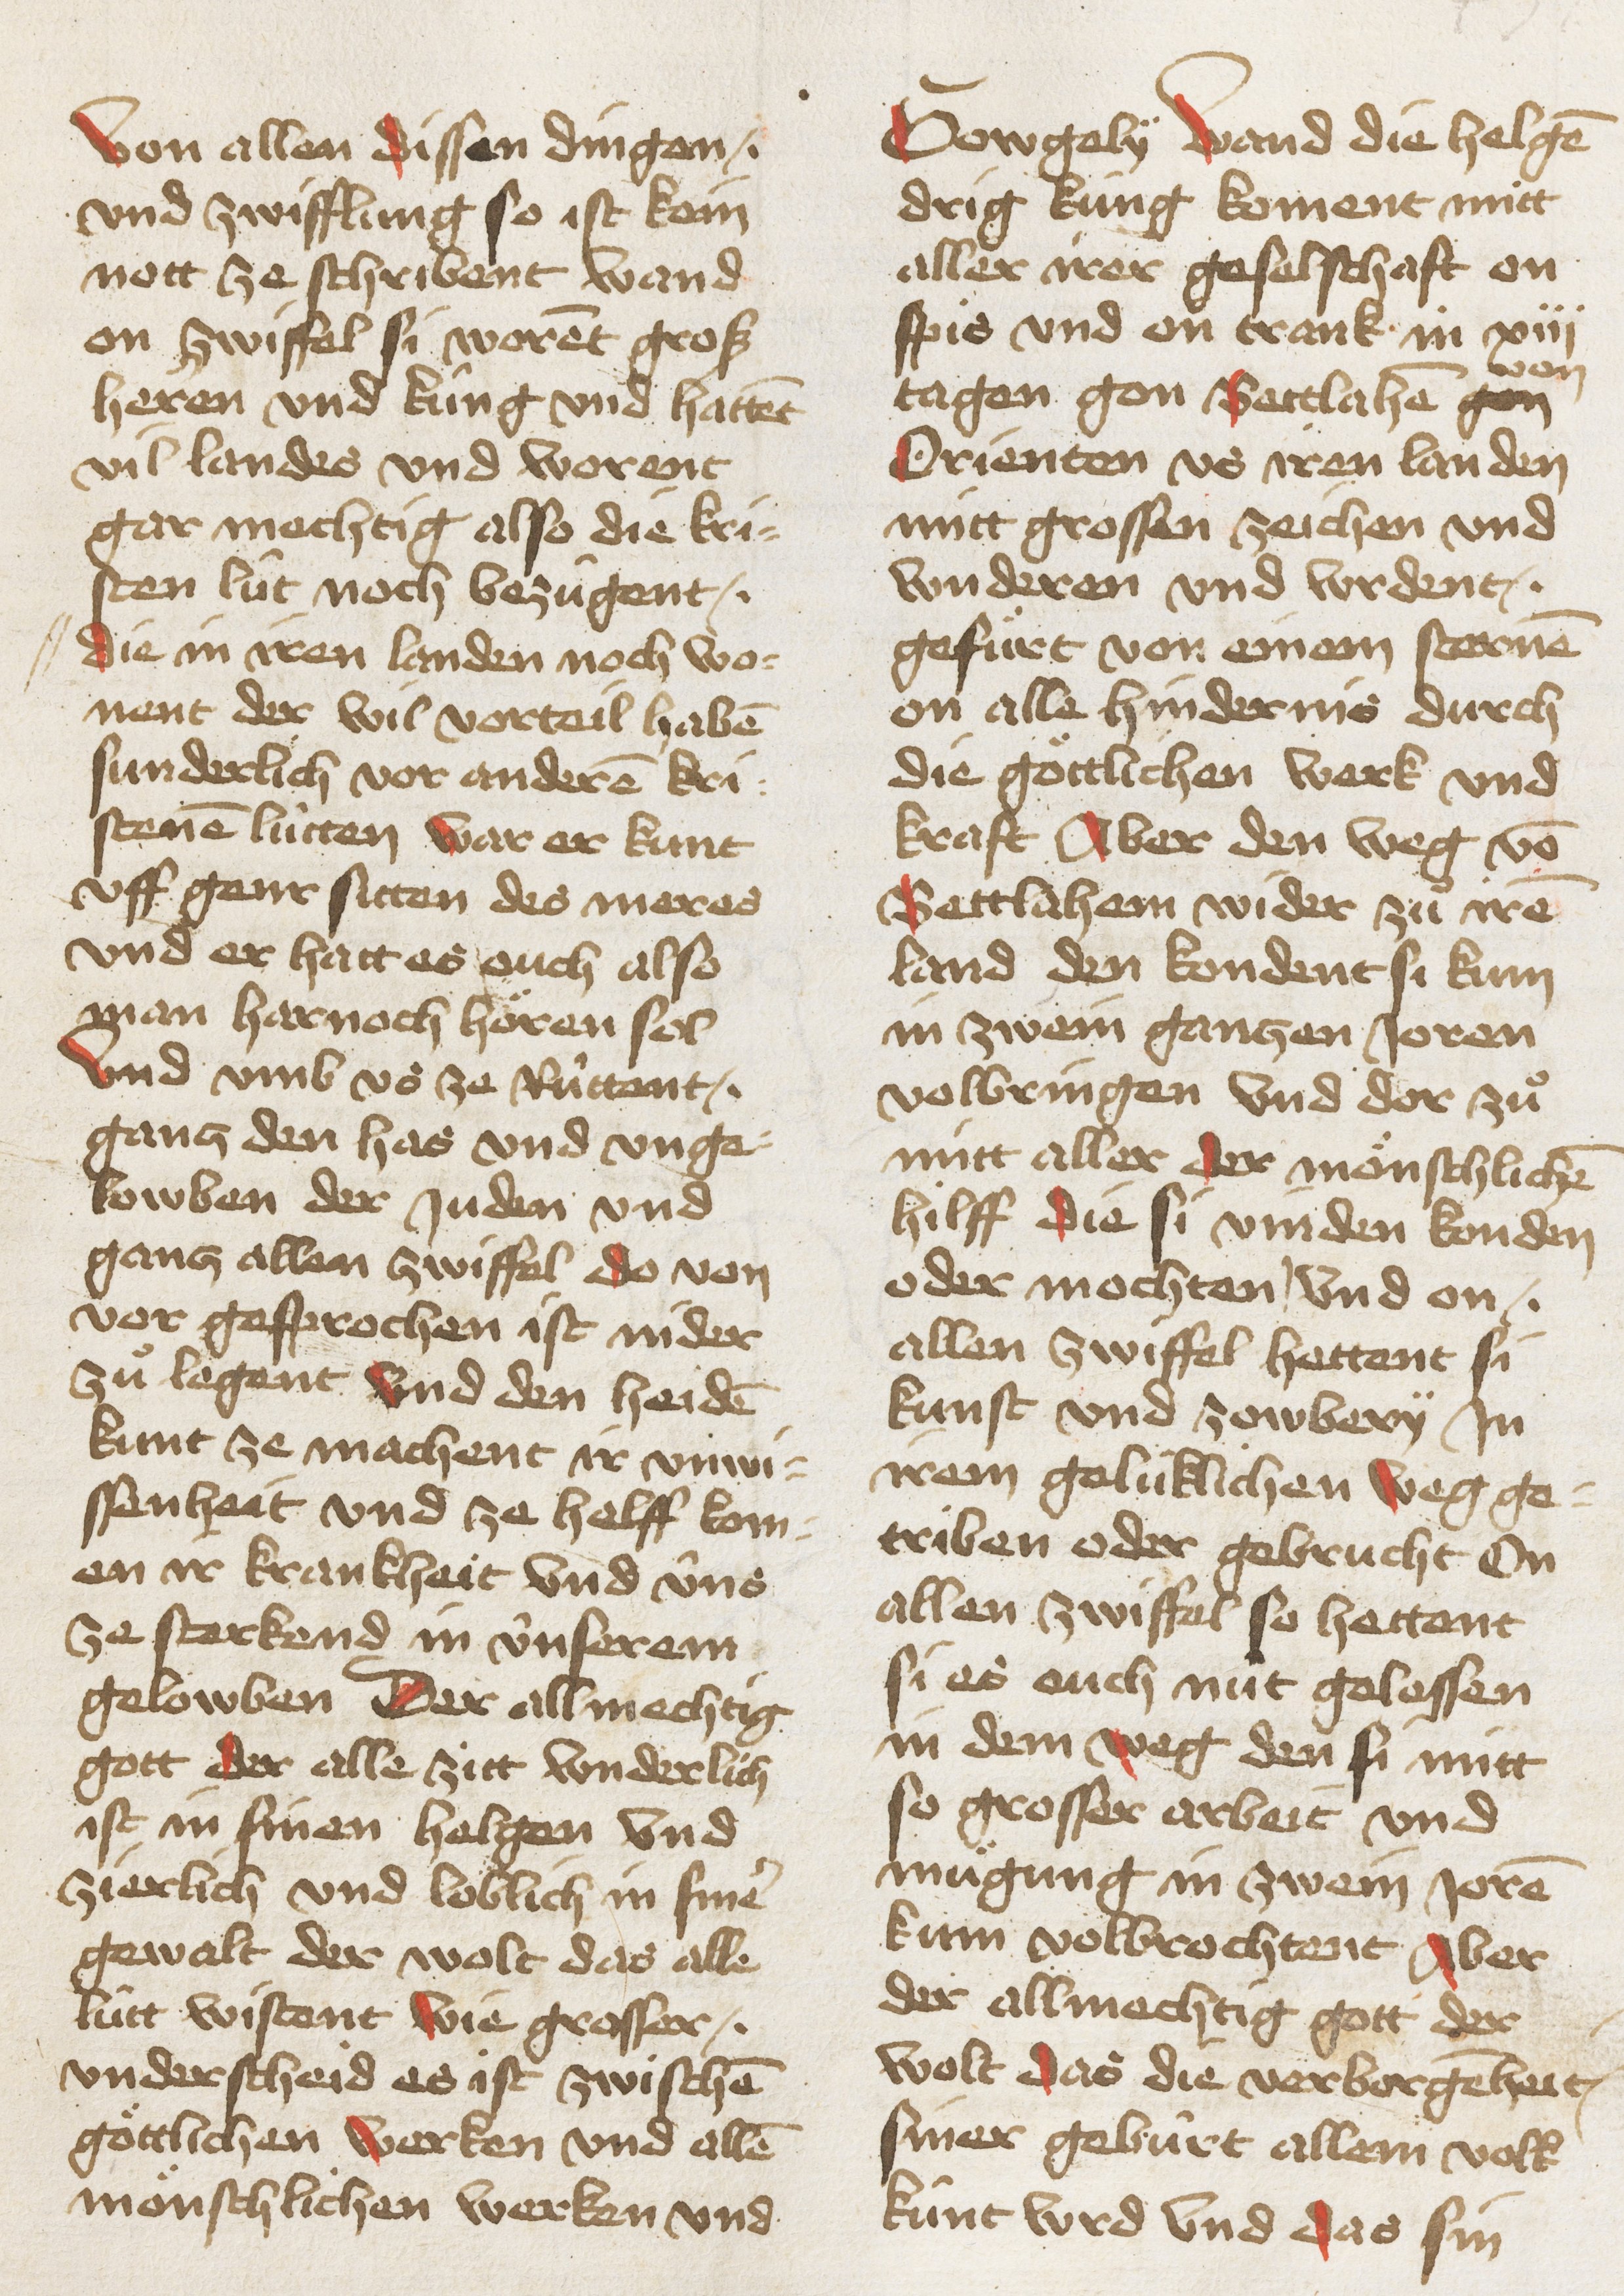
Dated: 1467–1467